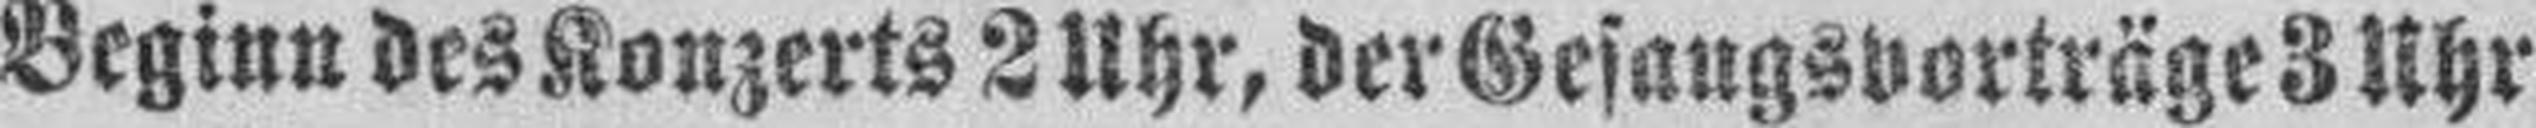
Beginn des Konzerts 2 Uhr, der Gesangsvorträge 3 Uhr.